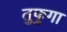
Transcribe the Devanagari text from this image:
तुफुगा